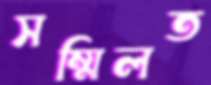
সম্মিলত